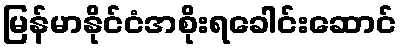
မြန်မာနိုင်ငံအစိုးရခေါင်းဆောင်